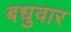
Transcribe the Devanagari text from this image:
बधुवार